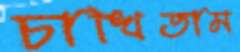
চাখিতাম